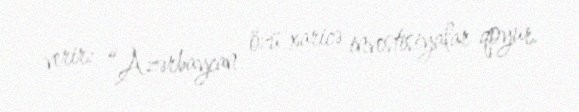
verir: “Azərbaycan özü xaricə investisiyalar qoyur.